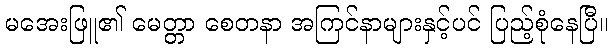
မအေးဖြူ၏ မေတ္တာ စေတနာ အကြင်နာများနှင့်ပင် ပြည့်စုံနေပြီ။